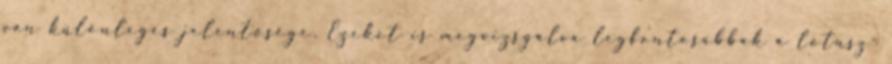
van különleges jelentősége. Ezeket is megvizsgálva legfontosabbak a lótusz-